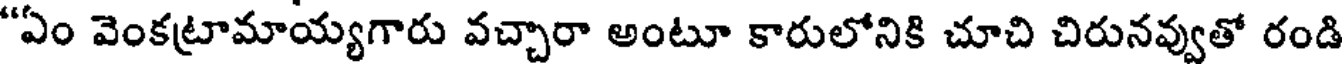
"ఏం వెంకట్రామాయ్యగారు వచ్చారా అంటూ కారులోనికి చూచి చిరునవ్వుతో రండి